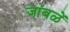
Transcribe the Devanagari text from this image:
जांबळें